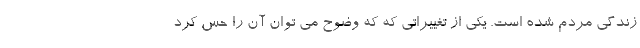
زندگی مردم شده است. یکی از تغییراتی که که وضوح می توان آن را حس کرد